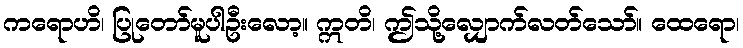
ကရောဟိ၊ ပြုတော်မူပါဦးလော့။ ဣတိ၊ ဤသို့လျှောက်လတ်သော်။ ထေရော၊